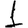
Digit: 1